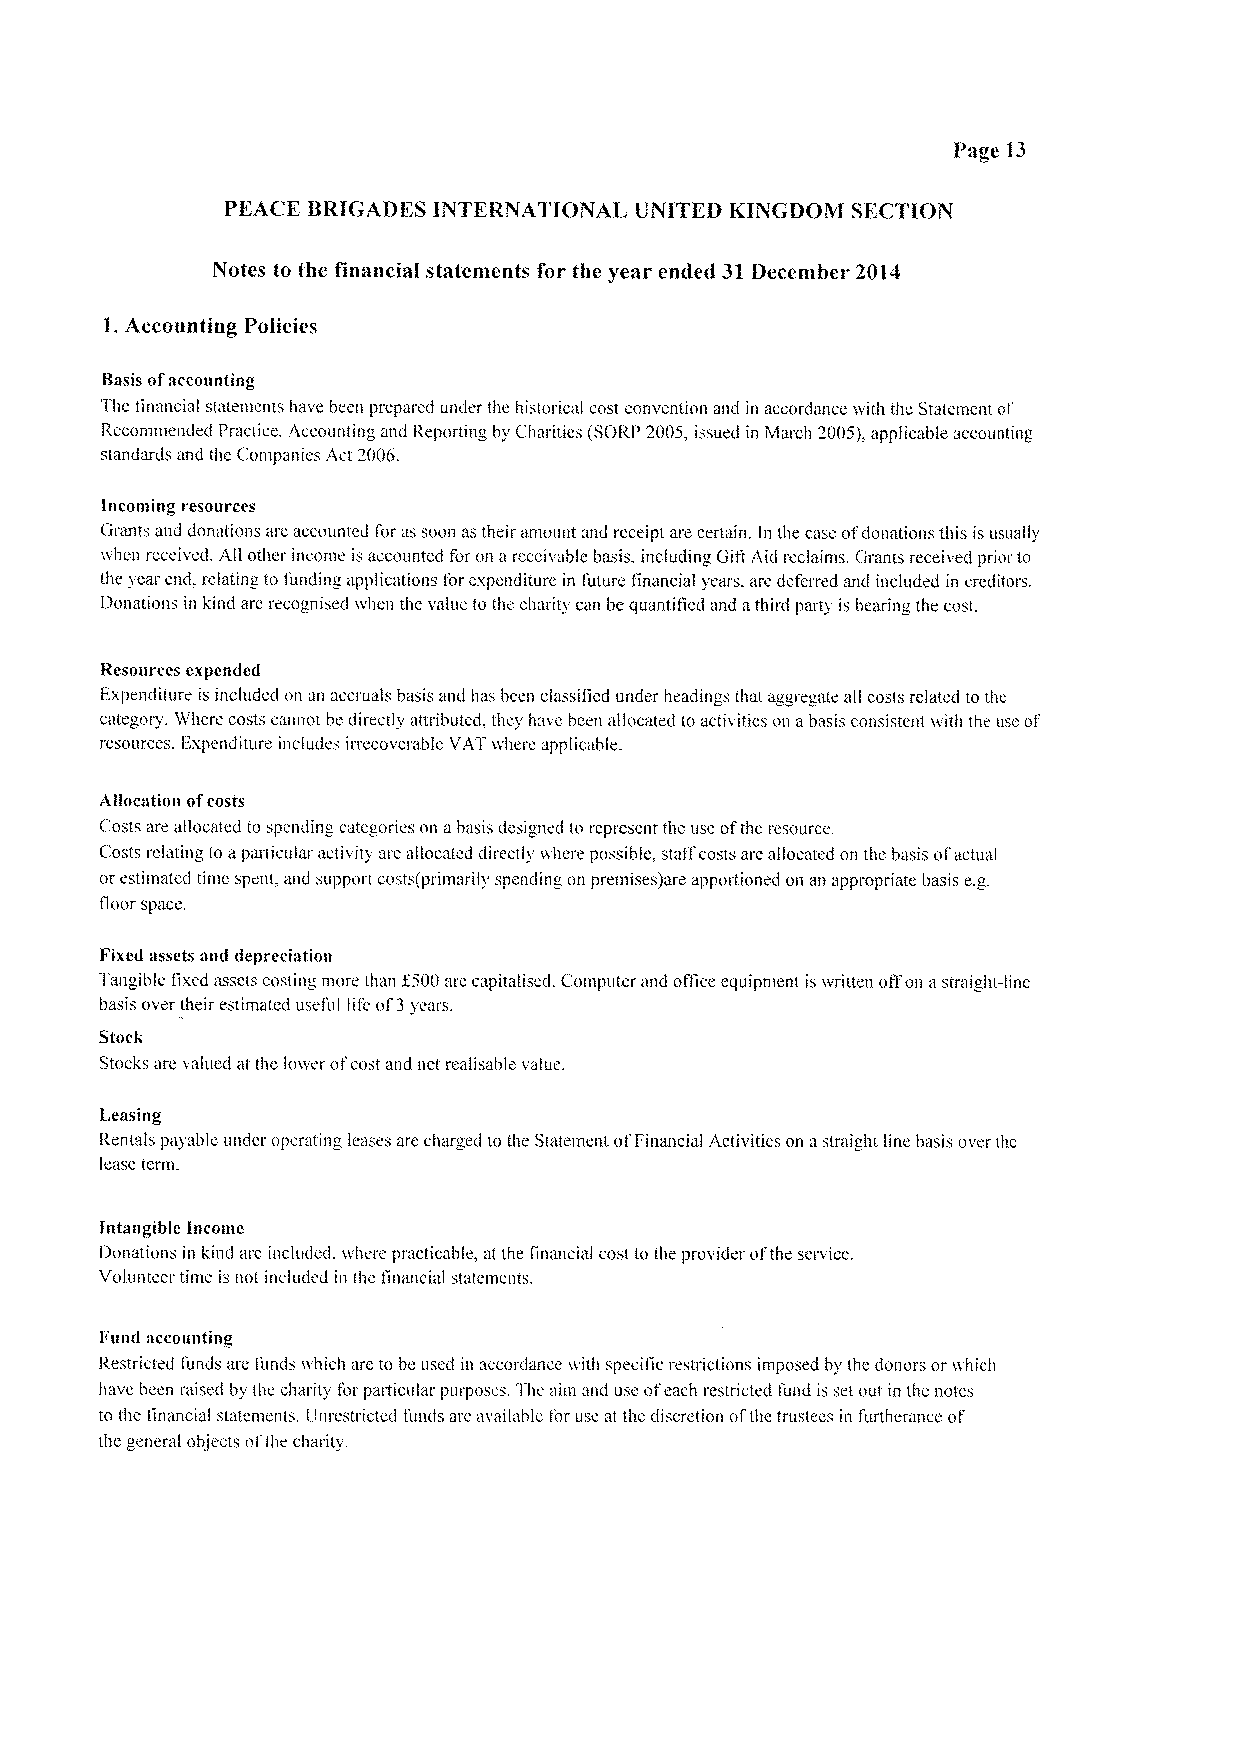
Page 13
 PEACE BRIGADES INTERNATIONAL UNITED KINGDOM SECTION
 Notes to the financial statements for the year ended 31 December 2014
 1.Accounting Policies
 Basis ofaccounting
 The itn«ncial st&«tentents have been prepared under the historic«l cost convention and in accordance with the Statement of
 Recommended Practice. Accounting and Reporting by Ch«rities (SORI' 2005, issued in ivlarch 2005I&applicable accounting
 standards «nd the Companies Act 2006.
 Incoming resources
 Grants and donations are accounted I'or «s soon as their amount and receipt are certain. In ~he case ofdonations this is usually
 when received. All other income is «ccountcd for on a receivable basis. including CIift Aid reclaims. Gr«nts recetved prior to
 the year cnd, relating to funding «pplic«tions Ior expenditure in tuture hn«ncial years. are deferred and included in creditors,
 Donations in kind are recognised when thc value to the charity c&m be quantified and athird party is be&&ring the cost.
 Resources expended
 Expenditure is included on an accruals basis and has been cl«ssiiied under headings that aggreg«ie all costs related tothe
 c«tegory. Where costs cannot be directly attributed. they h«ve been allocated to activities on abasis consistent with the usc of'
 resources. I;xpenditure includes irrecoverable VAT where applic«ble.
 Allocation ofcosts
 Costs are allocated to spending categories on a basis designed to represent the use ofthe resource.
 Costs relating to aparticular activity are «llocated directly where possible, statfcosts are allocated on the basis ol &«ctu«l
 or estimated time spent, «lid support costs(primarily spending on premises)«re apportioned on an appropriate basis e.g.
 floor space.
 Fixed assets and depreciation
 Tangible fixed assets costing more than f500are capitaliscd. Computer «nd ofttce equipment iswritten offon a straight-line
 basis over their estimated useful life of3years.
 Stock
 Stocks «re valued at the lower ot'cost and nct realisable value.
 Leasing
 Rentals payable under oper«ting leases are charged iothe St«temcnt of Financial Activities on astr«ight line basis over the
 lease term.
 Intangible income
 Donations in kind ue included. where pr«ctic«ble, at the !in«nci&«l cost to ihe provider ol the service.
 Volunteer time is not included in thc financial statements.
 Fund accounting
 Restricted I'unds are lund« which «re to be used in «ccord«nce with specilic restrictions imposed by the donors or which
 have bc&m r«ised by the charit~ for p«tticul«r purposes. Thc «irn and Use ofeach restricted fund is set out in thc notes
 to ihc Iin«ncial statements. Lin&cstrictcd funds are «v«il«hie for use at the discretion ofthe trustees in further«ncc oi
 the general obje«ts oi the charity.